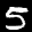
Label: 5